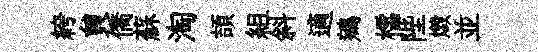
絝貟僑蘇淘頡組斜適鵷櫺陛燬並